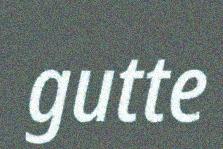
gutte